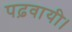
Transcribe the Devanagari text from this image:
पढ़वायी।